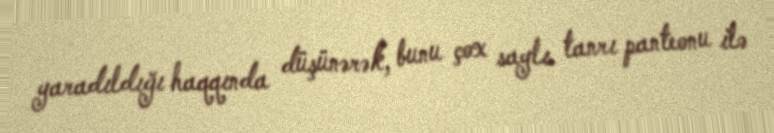
yaradıldığı haqqında düşünərək, bunu çox saylı tanrı panteonu ilə